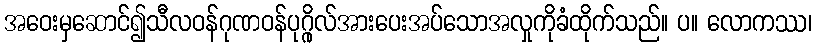
အဝေးမှဆောင်၍သီလဝန်ဂုဏဝန်ပုဂ္ဂိုလ်အားပေးအပ်သောအလှုကိုခံထိုက်သည်။ ပ။ လောကဿ၊